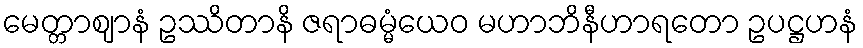
မေတ္တာဈာနံ ဥဿိတာနိ ဇရာဓမ္မံယေဝ မဟာဘိနီဟာရတော ဥပဋ္ဌဟနံ